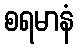
စရမာနံ